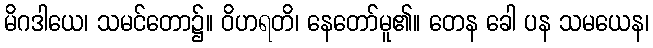
မိဂဒါယေ၊ သမင်တော၌။ ဝိဟရတိ၊ နေတော်မူ၏။ တေန ခေါ ပန သမယေန၊